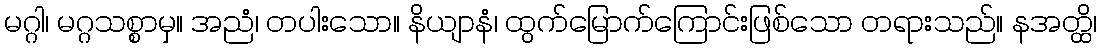
မဂ္ဂါ၊ မဂ္ဂသစ္စာမှ။ အညံ၊ တပါးသော။ နိယျာနံ၊ ထွက်မြောက်ကြောင်းဖြစ်သော တရားသည်။ နအတ္ထိ၊